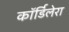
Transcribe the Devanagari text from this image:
कॉर्डिलेरा